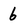
Character: 6